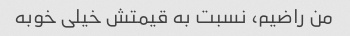
من راضیم، نسبت به قیمتش خیلی خوبه